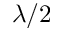
\lambda / 2